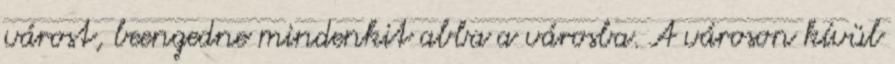
várost, beengedne mindenkit abba a városba. A városon kívül